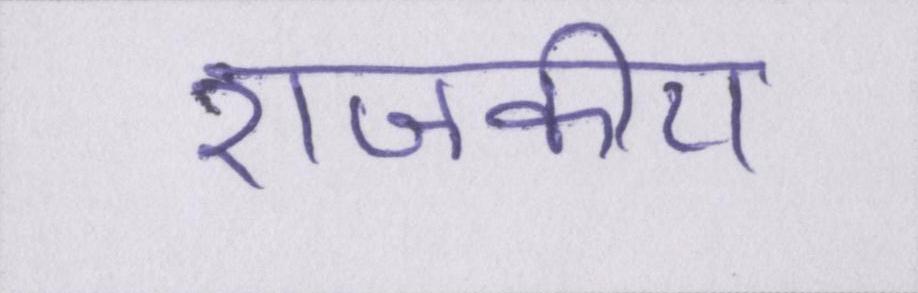
राजकीय